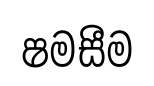
ෂමසීම